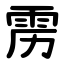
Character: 雳